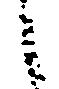
候